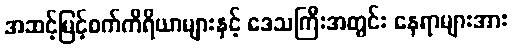
အဆင့်မြင့်စက်ကိရိယာများနှင့် ဒေသကြီးအတွင်း နေရာများအား